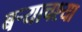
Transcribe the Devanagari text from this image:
बर्‍याचश्या